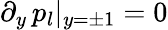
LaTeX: \partial_{y}\, p_{l}|_{y=\pm 1}=0